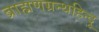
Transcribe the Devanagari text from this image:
ब्राह्मणग्रन्थहिन्दू